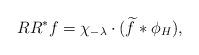
LaTeX: \begin{align*} RR^* f = \chi_{-\lambda} \cdot(\widetilde{f} * \phi_H),\end{align*}